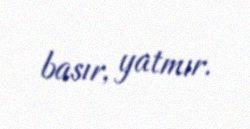
basır, yatmır.